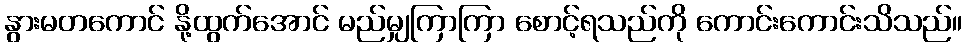
နွားမတကောင် နို့ထွက်အောင် မည်မျှကြာကြာ စောင့်ရသည်ကို ကောင်းကောင်းသိသည်။